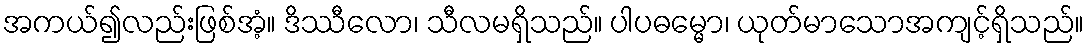
အကယ်၍လည်းဖြစ်အံ့။ ဒိဿီလော၊ သီလမရှိသည်။ ပါပဓမ္မော၊ ယုတ်မာသောအကျင့်ရှိသည်။